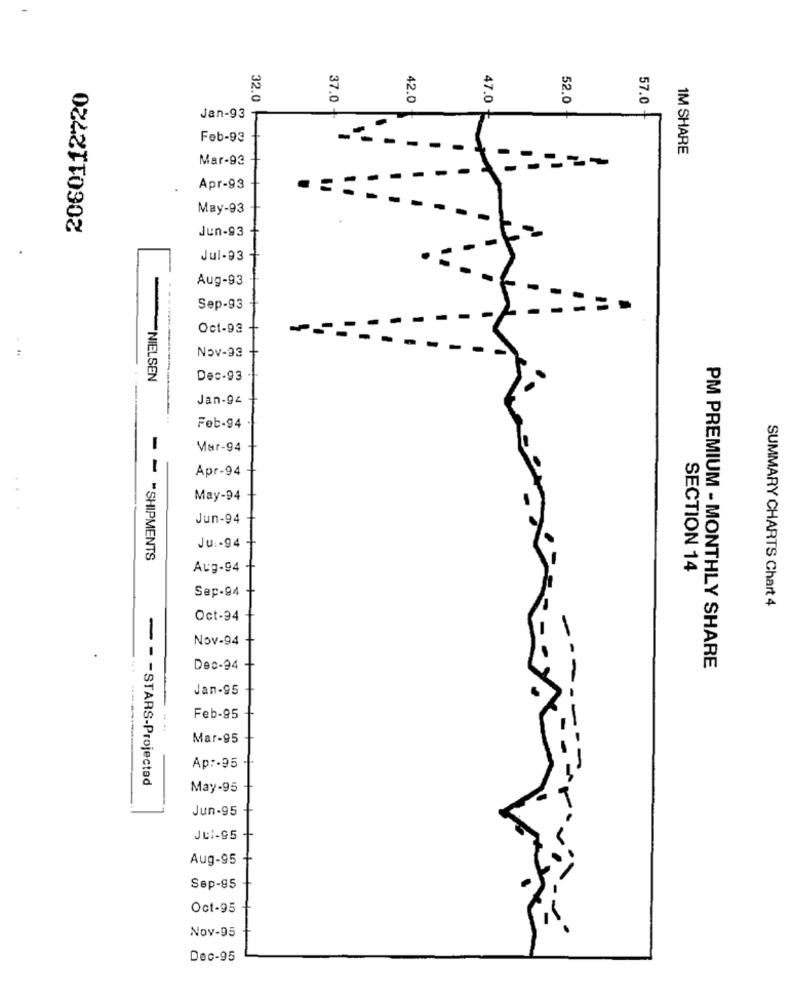
2060112720
37.0
42.0
47.0
52.0
57.0
32.0
Jan-93
Feb-93
1M SHARE
Mar-93
-
Apr-93
May-93
Jun-93
.
Jul-93+
Aug-93
Sep-93
Oct-93
Nov-93
NIELSEN
Dec-93
Jan-94
Feb-94
Mar-94
Apr-94
May-94
Jun-94
Ju: - 94
- "SHIPMENTS
Aug-94
SECTION 14
Sep-94
SUMMARY CHARTS Chart 4
Oct-94
Nov-94
Dec-94
PM PREMIUM - MONTHLY SHARE
Jan-95
Feb-95
Mar-95
Ap :- 95
-- - STARS-Projected
May-95
Jun-95
Jul-95
Aug-95
Sep-95
Oct-95
Nov-95
Dec-95